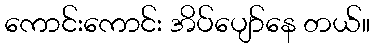
ကောင်းကောင်း အိပ်ပျော်နေ တယ်။